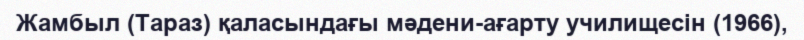
Жамбыл (Тараз) қаласындағы мәдени-ағарту училищесін (1966),